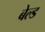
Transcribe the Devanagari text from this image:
बेल्ड